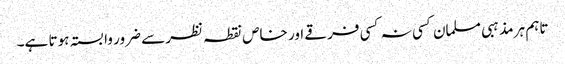
تاہم ہر مذہبی مسلمان کسی نہ کسی فرقے اور خاص نقطہ نظر سے ضرور وابستہ ہوتا ہے۔